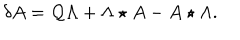
LaTeX: \delta A = \mathcal { Q } \Lambda + \Lambda \star A - A \star \Lambda .